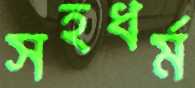
সহধর্ম